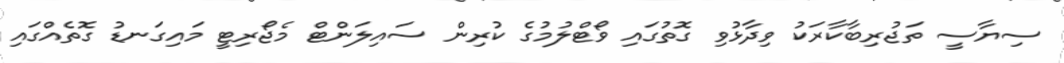
ސިޔާސީ ތަޖުރިބާކާރަކު ވިދާޅުވި ގޮތުގައި ވޯޓްލުމުގެ ކުރިން ސައިލަންޓް މެޖޯރިޓީ މައިގަނޑު ގޮތެއްގައި